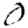
Digit: 0